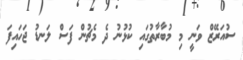
ސުއަރޭޒް ވަނީ މި މުބާރާތުގައި ކުޅުނު ދެ މެޗުން ފަސް ލަނޑު ޖަހައިފަ